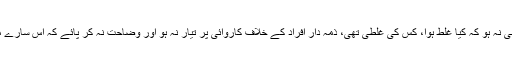
ریاست جب یہ بتانے پر راضی نہ ہو کہ کیا غلط ہوا، کس کی غلطی تھی، ذمہ دار افراد کے خلاف کاروائی پر تیار نہ ہو اور وضاحت نہ کر پائے کہ اس سارے معاملے کے پیچھے کون تھا؟